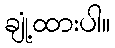
ချုံ့ထားပါ။